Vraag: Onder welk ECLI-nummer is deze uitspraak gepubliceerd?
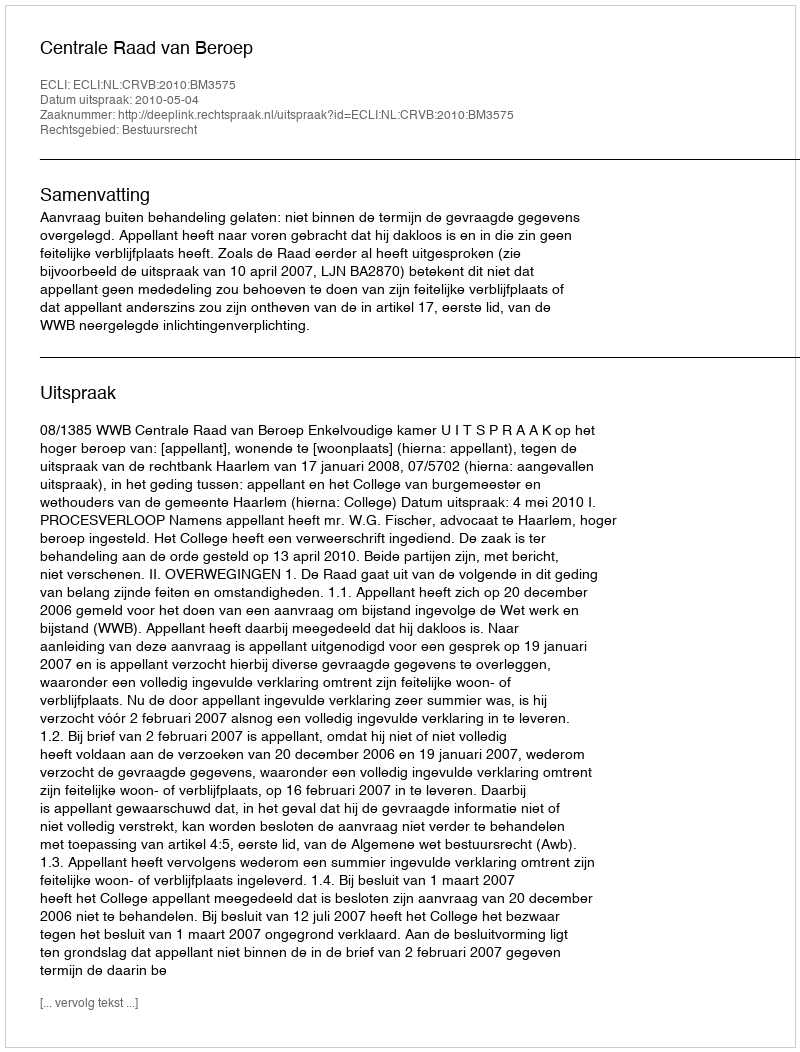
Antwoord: ECLI:NL:CRVB:2010:BM3575